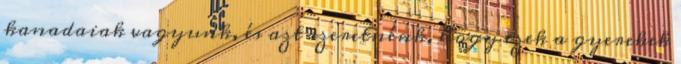
kanadaiak vagyunk, és azt szeretnénk, hogy ezek a gyerekek